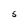
Character: S